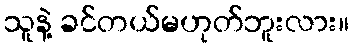
သူနဲ့ ခင်တယ်မဟုတ်ဘူးလား။